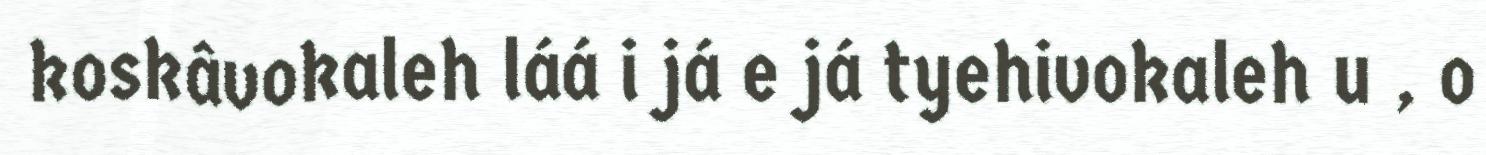
koskâvokaleh láá i já e já tyehivokaleh u , o